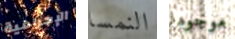
الإجرامية النمسا موجودا